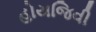
હોયજિવી